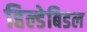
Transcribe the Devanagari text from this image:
हिल्डेबिडल